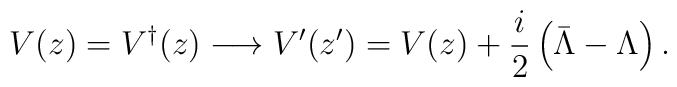
V(z) = V^\dagger (z) \longrightarrow V^\prime (z^\prime) = V (z) +  \frac{i}{2} \left( \bar{\Lambda} - \Lambda \right).